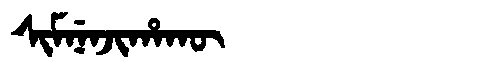
Manchu: ᠰᡳᠮᠨᡝᠨᠵᡳᡥᠠᡴᡡ
Romanization: SIMNENJIHAKŪ